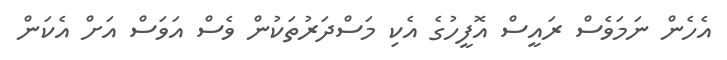
އެހެން ނަމަވެސް ރައީސް އޮފީހުގެ އެކި މަސްދަރުތަކުން ވެސް އަވަސް އަށް އެކަން